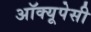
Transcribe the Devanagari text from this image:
अॉक्यूपेसी